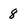
Character: 8